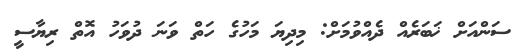
ސަންއަށް ޚަބަރެއް ދެއްވުމަށް: މިދިޔަ މަހުގެ ހަތް ވަނަ ދުވަހު އޮތް ރިޔާސީ